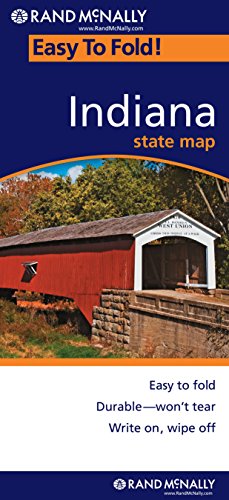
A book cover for Rand McNally Indiana (Easy to Fold); Rand McNally; Travel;